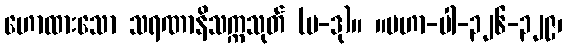
ဟောထားသော သရဏာနိသက္ကသုတ် (ပ-ဒု)။ ။မဟာ-ပါ-၃၂၆-၃၂၉၊